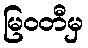
မြဝတီမှ